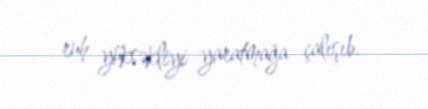
ruh yüksəkliyi yaratmağa çalışıb.